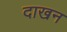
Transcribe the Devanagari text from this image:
दाखन